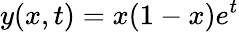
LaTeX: y(x,t)=x(1-x)e^{t}